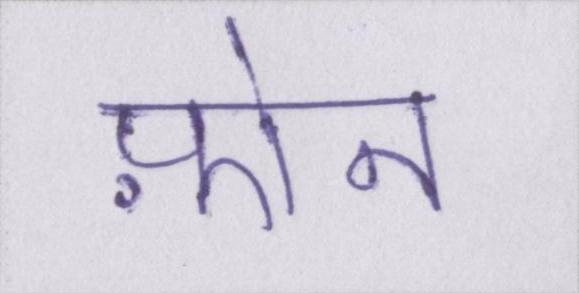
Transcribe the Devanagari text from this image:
फ़ोन